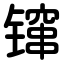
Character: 镩